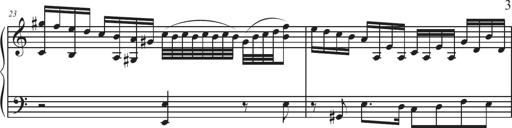
Title: Sonatina Espania
Composer: Jerald Franklin Archer
Key: Various